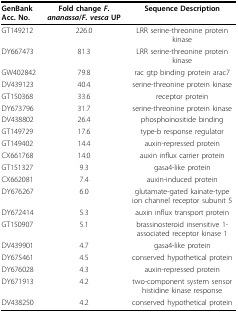
| GenBank Acc. No. | Fold change F. ananassa/F. vesca UP | Sequence Description |
 | --- | --- | --- |
 | GT149212 | 226.0 | LRR serine-threonine protein kinase |
 | DY667473 | 81.3 | LRR serine-threonine protein kinase |
 | GW402842 | 79.8 | rac gtp binding protein arac7 |
 | DV439123 | 40.4 | serine-threonine protein kinase |
 | GT150368 | 33.6 | receptor protein |
 | DY673796 | 31.7 | serine-threonine protein kinase |
 | DV438802 | 26.4 | phosphoinositide binding |
 | GT149729 | 17.6 | type-b response regulator |
 | GT149402 | 14.4 | auxin-repressed protein |
 | CX661768 | 14.0 | auxin influx carrier protein |
 | GT151327 | 9.3 | gasa4-like protein |
 | CX662081 | 7.4 | auxin-induced protein |
 | DY676267 | 6.0 | glutamate-gated kainate-type ion channel receptor subunit 5 |
 | DY672414 | 5.3 | auxin influx transport protein |
 | GT150907 | 5.1 | brassinosteroid insensitive 1- associated receptor kinase 1 |
 | DV439901 | 4.7 | gasa4-like protein |
 | DY675461 | 4.5 | conserved hypothetical protein |
 | DY676028 | 4.3 | auxin-repressed protein |
 | DY671913 | 4.2 | two-component system sensor histidine kinase response |
 | DV438250 | 4.2 | conserved hypothetical protein |